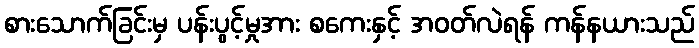
စားသောက်ခြင်းမှ ပန်းပွင့်မှုအား စကေးနှင့် အဝတ်လဲရန် ကန်နယားသည်